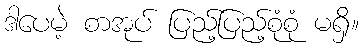
ဒါပေမဲ့ စာအုပ် ပြည့်ပြည့်စုံစုံ မရှိ။